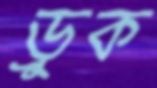
ড্রুক